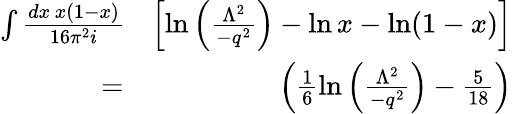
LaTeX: \begin{array}{rlr}{\int{\frac{dx\, x(1-x)}{16\pi^{2}i}}\! \! \! \! \! \! \! \! \! \! \! }&{}&{\left[\ln\left(\frac{\Lambda^{2}}{-q^{2}}\right)-\ln x-\ln(1-x)\right]}\\ &{=}&{\left(\frac 16\ln\left(\frac{\Lambda^{2}}{-q^{2}}\right)-\frac{5}{18}\right)}\end{array}